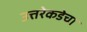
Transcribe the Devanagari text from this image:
उत्तरेकडेचा